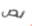
نص